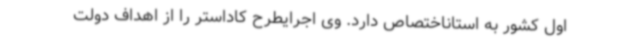
اول کشور به استاناختصاص دارد. وی اجرایطرح کاداستر را از اهداف دولت